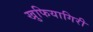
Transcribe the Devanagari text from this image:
खुफियागिरी